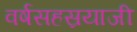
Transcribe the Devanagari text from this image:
वर्षसहस्रयाजी